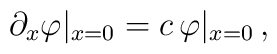
\partial_x\varphi|_{x=0}=c\,\varphi|_{x=0}\, ,